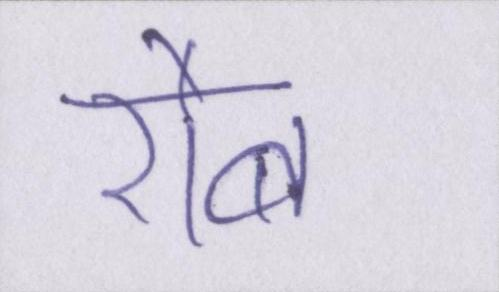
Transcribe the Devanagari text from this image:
रौब